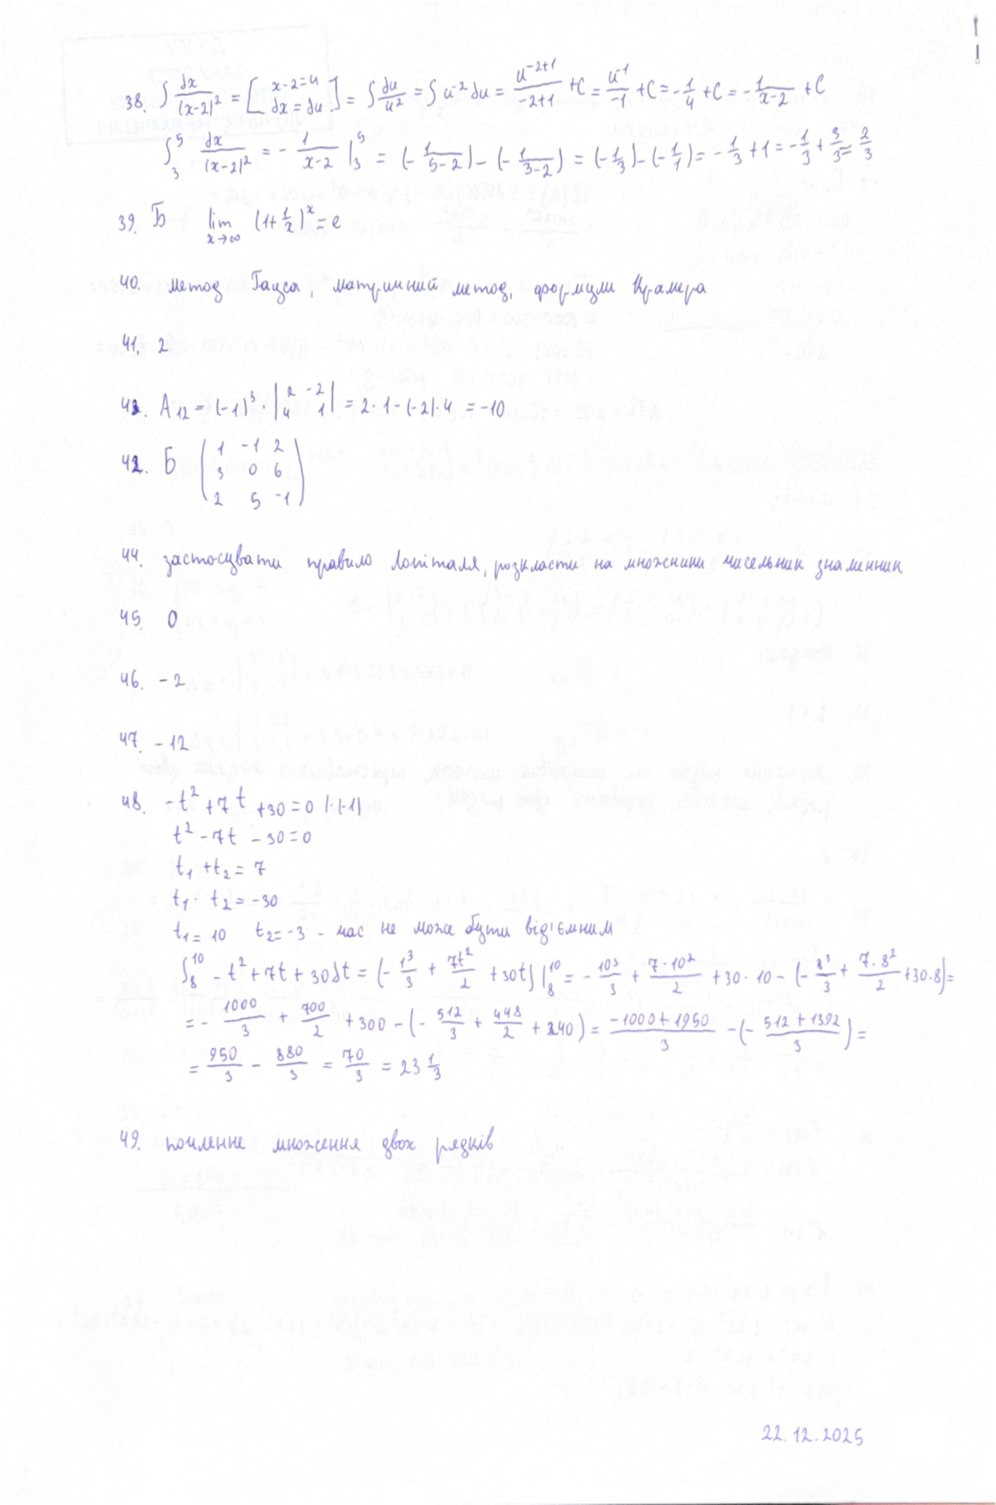
38. \int \frac{dx}{(x-2)^2} = \left[ \begin{matrix} x-2=u \\ dx=du \end{matrix} \right] = \int \frac{du}{u^2} = \int u^{-2} du = \frac{u^{-2+1}}{-2+1} + C = \frac{u^{-1}}{-1} + C = -\frac{1}{u} + C = -\frac{1}{x-2} + C
\int_{3}^{5} \frac{dx}{(x-2)^2} = - \frac{1}{x-2} \Big|_{3}^{5} = (- \frac{1}{5-2}) - (- \frac{1}{3-2}) = (- \frac{1}{3}) - (- \frac{1}{1}) = - \frac{1}{3} + 1 = - \frac{1}{3} + \frac{3}{3} = \frac{2}{3}
39. Б \quad \lim_{x \to \infty} (1 + \frac{1}{x})^x = e
40. метод Гауса, матричний метод, формули Крамера
41. 2
43. A_{12} = (-1)^3 \cdot \begin{vmatrix} 2 & -2 \\ 4 & 1 \end{vmatrix} = 2 \cdot 1 - (-2) \cdot 4 = -10
42. Б \begin{pmatrix} 1 & -1 & 2 \\ 3 & 0 & 6 \\ 2 & 5 & -1 \end{pmatrix}
44. застосувати правило Лопіталя, розкласти на множники чисельник знаменник
45. 0
46. - 2
47. - 12
48. -t² + 7t + 30 = 0 | · (-1)
t² - 7t - 30 = 0
t₁ + t₂ = 7
t₁ · t₂ = -30
t₁ = 10 t₂ = -3 - час не може бути від'ємним
\int_{8}^{10} -t^2 + 7t + 30 dt = (-\frac{t^3}{3} + \frac{7t^2}{2} + 30t) |_{8}^{10} = -\frac{10^3}{3} + \frac{7 \cdot 10^2}{2} + 30 \cdot 10 - (-\frac{8^3}{3} + \frac{7 \cdot 8^2}{2} + 30 \cdot 8) =
= - \frac{1000}{3} + \frac{700}{2} + 300 - ( - \frac{512}{3} + \frac{448}{2} + 240 ) = \frac{-1000 + 1950}{3} - ( - \frac{512 + 1392}{3} ) =
= \frac{950}{3} - \frac{880}{3} = \frac{70}{3} = 23 \frac{1}{3}
49. почленне множення двох рядків
22.12.2025